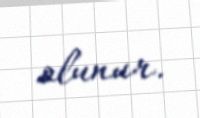
olunur.